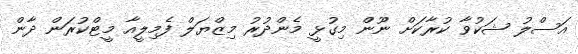
އަސްލު ޝަކުވާ ކުރާކަށް ނޫން މިގުޅީ މެންދުރު މިޒްޔަލް ފެމިލީއާ މީޓްކުރަން ދާން